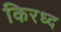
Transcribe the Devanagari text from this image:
किरध्द